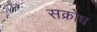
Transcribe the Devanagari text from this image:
सक्रोध